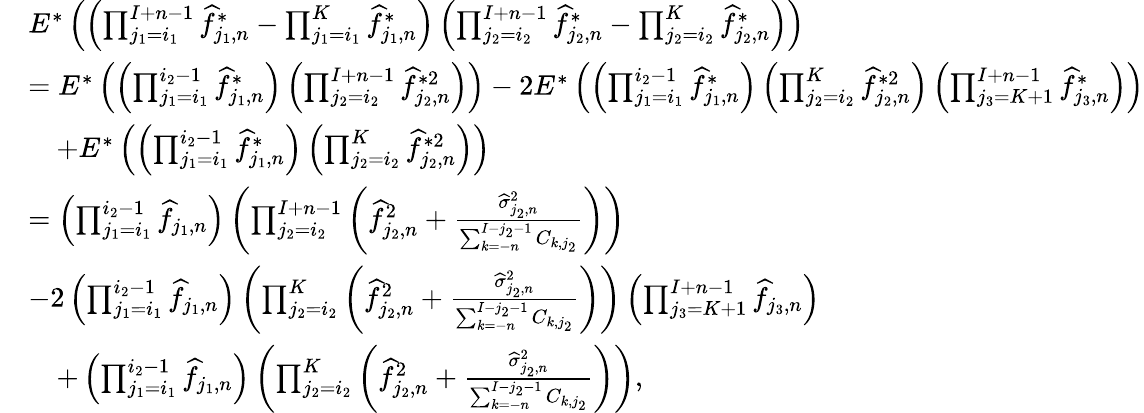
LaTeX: \begin{array}{rl}&{E^{*}\left(\left(\prod_{j_{1}=i_{1}}^{I+n-1}\widehat f_{j_{1},n}^{*}-\prod_{j_{1}=i_{1}}^{K}\widehat f_{j_{1},n}^{*}\right)\left(\prod_{j_{2}=i_{2}}^{I+n-1}\widehat f_{j_{2},n}^{*}-\prod_{j_{2}=i_{2}}^{K}\widehat f_{j_{2},n}^{*}\right)\right)}\\ &{=E^{*}\left(\left(\prod_{j_{1}=i_{1}}^{i_{2}-1}\widehat f_{j_{1},n}^{*}\right)\left(\prod_{j_{2}=i_{2}}^{I+n-1}\widehat f_{j_{2},n}^{*2}\right)\right)-2E^{*}\left(\left(\prod_{j_{1}=i_{1}}^{i_{2}-1}\widehat f_{j_{1},n}^{*}\right)\left(\prod_{j_{2}=i_{2}}^{K}\widehat f_{j_{2},n}^{*2}\right)\left(\prod_{j_{3}=K+1}^{I+n-1}\widehat f_{j_{3},n}^{*}\right)\right)}\\ &{\quad+E^{*}\left(\left(\prod_{j_{1}=i_{1}}^{i_{2}-1}\widehat f_{j_{1},n}^{*}\right)\left(\prod_{j_{2}=i_{2}}^{K}\widehat f_{j_{2},n}^{*2}\right)\right)}\\ &{=\left(\prod_{j_{1}=i_{1}}^{i_{2}-1}\widehat f_{j_{1},n}\right)\left(\prod_{j_{2}=i_{2}}^{I+n-1}\left(\widehat f_{j_{2},n}^{2}+\frac{\widehat\sigma_{j_{2},n}^{2}}{\sum_{k=-n}^{I-{j_{2}}-1}C_{k,j_{2}}}\right)\right)}\\ &{-2\left(\prod_{j_{1}=i_{1}}^{i_{2}-1}\widehat f_{j_{1},n}\right)\left(\prod_{j_{2}=i_{2}}^{K}\left(\widehat f_{j_{2},n}^{2}+\frac{\widehat\sigma_{j_{2},n}^{2}}{\sum_{k=-n}^{I-{j_{2}}-1}C_{k,j_{2}}}\right)\right)\left(\prod_{j_{3}=K+1}^{I+n-1}\widehat f_{j_{3},n}\right)}\\ &{\quad+\left(\prod_{j_{1}=i_{1}}^{i_{2}-1}\widehat f_{j_{1},n}\right)\left(\prod_{j_{2}=i_{2}}^{K}\left(\widehat f_{j_{2},n}^{2}+\frac{\widehat\sigma_{j_{2},n}^{2}}{\sum_{k=-n}^{I-{j_{2}}-1}C_{k,j_{2}}}\right)\right),}\end{array}